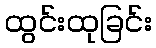
ထွင်းထုခြင်း